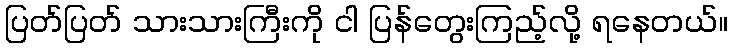
ပြတ်ပြတ် သားသားကြီးကို ငါ ပြန်တွေးကြည့်လို့ ရနေတယ်။